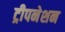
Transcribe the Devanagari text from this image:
ट्रीपनेशन